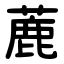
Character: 蔍